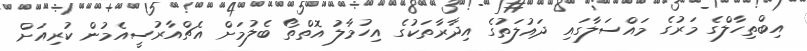
އިބްތިހާލްގެ މަރުގެ މައްސަލާގައި ދައުލަތުގެ އިދާރާތަކުގެ އިހުމާލު އޮތްތޯ ބެލުމަށް އެޗްއާރުސީއެމުން ކުރިއަށް